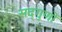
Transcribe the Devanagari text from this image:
सद्‌गुणों